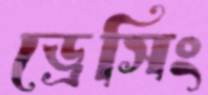
ড্রেসিং